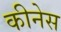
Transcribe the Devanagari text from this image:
कीनेस